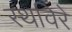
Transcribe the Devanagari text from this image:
स्थविरे